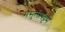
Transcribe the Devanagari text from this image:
मसुलीपट्टम